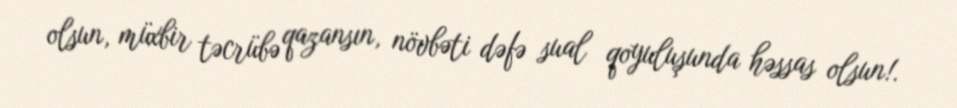
olsun, müxbir təcrübə qazansın, növbəti dəfə sual qoyuluşunda həssas olsun!.